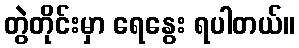
တွဲတိုင်းမှာ ရေနွေး ရပါတယ်။